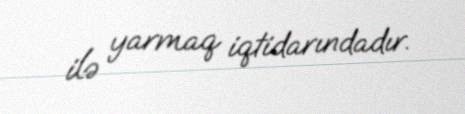
ilə yarmaq iqtidarındadır.